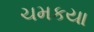
ચમકયા